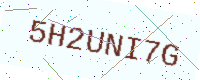
Text: 5H2UNI7G